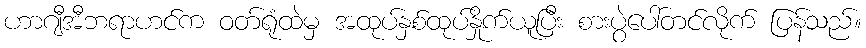
ဟာဂျီအီဘရာဟင်က ဝတ်ရုံထဲမှ အထုပ်နှစ်ထုပ်နှိုက်ယူပြီး စားပွဲပေါ်တင်လိုက် ပြန်သည်။